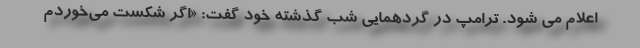
اعلام می شود. ترامپ در گردهمایی شب گذشته خود گفت: «اگر شکست می‌خوردم